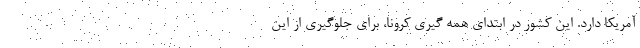
آمریکا دارد. این کشور در ابتدای همه گیری کرونا، برای جلوگیری از این